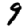
Digit: 9